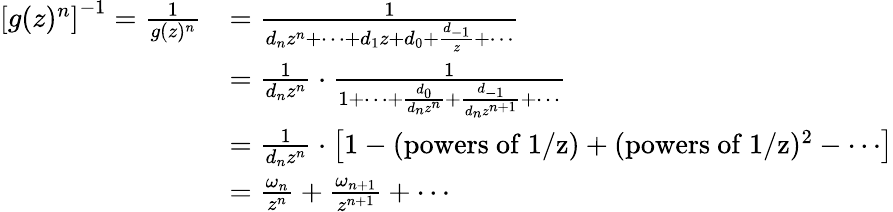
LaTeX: \begin{array}{rl}{\left[g(z)^{n}\right]^{-1}=\frac{1}{g(z)^{n}}}&{=\frac{1}{d_{n}z^{n}+\cdots+d_{1}z+d_{0}+\frac{d_{-1}}{z}+\cdots}}\\ &{=\frac{1}{d_{n}z^{n}}\cdot\frac{1}{1+\cdots+\frac{d_{0}}{d_{n}z^{n}}+\frac{d_{-1}}{d_{n}z^{n+1}}+\cdots}}\\ &{=\frac{1}{d_{n}z^{n}}\cdot\left[1-(\mathrm{powers~of~1/z})+(\mathrm{powers~of~1/z})^{2}-\cdots\right]}\\ &{=\frac{\omega_{n}}{z^{n}}+\frac{\omega_{n+1}}{z^{n+1}}+\cdots}\end{array}